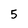
Character: 5